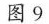
图9